system: You are a helpful assistant.
user:
Analyze the provided spectrum to determine if it is a **"Cataclysmic Variables (CV)"**.

- **Key Indicators for CV (Check for either state):**
    - **State 1: Quiescent / Low-State (Emission-Dominated)**
        - **(Primary):** Strong and *very broad* Hydrogen Balmer emission lines (e.g., $H\alpha$ at 6563 Å, $H\beta$ at 4861 Å). The 'broadness' (high velocity dispersion, often FWHM > 1000 km/s) is the key diagnostic, indicating a high-velocity accretion disk.
        - **(Secondary):** Broad neutral Helium (He I) emission lines (e.g., 5876 Å, 6678 Å).
        - **(Key Confirmation):** Presence of high-excitation *ionized* Helium (He II) emission at 4686 Å. This is a strong indicator of accretion onto a white dwarf.
        - **(Line Profile):** Emission lines may exhibit a 'double-peaked' profile, which is a classic signature of a rotating accretion disk viewed at high inclination.

    - **State 2: Outburst / High-State (Absorption-Dominated)**
        - **(Primary):** Spectrum is dominated by a bright, blue continuum (looks like a hot star).
        - **(Secondary):** The emission lines from State 1 are weak, absent, or 'filled in', and are replaced by broad, shallow *absorption* lines (primarily Balmer and He I).
        - **(Morphology):** The overall spectrum mimics a hot B/A-type star. The crucial difference is that the absorption lines are significantly broader, shallower, and more 'washed-out' (or 'smeared') than the sharp lines of a normal stellar photosphere, due to high rotational speeds and pressure broadening in the disk.

Think first, call **spectral_visualization_tool** if needed to examine features in detail, then provide your final answer. Your response must adhere to the following strict rules:
1.  **Overall Structure:** Your response must follow the format `<think>...</think> <tool_call>...</tool_call> (if a tool is used) <answer>...</answer>`.
2.  **Tool Usage Constraint:** You may only make **one** tool call per turn.
3.  **Final Answer Format:** In the `<answer>` tag, your conclusion must be inside a `\boxed{}` command (e.g., `\boxed{YES}`), followed by your justification.

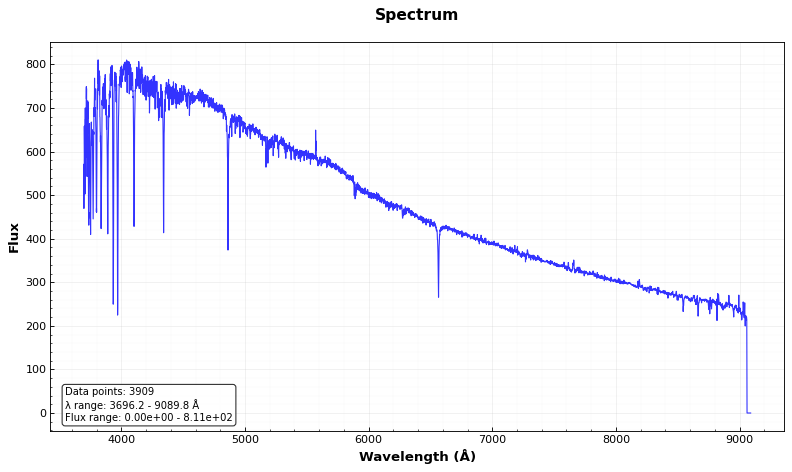
Answer: NO